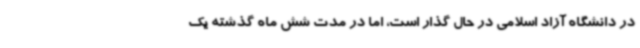
در دانشگاه آزاد اسلامی در حال گذار است، اما در مدت شش ماه گذشته یک